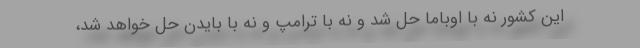
این کشور نه با اوباما حل شد و نه با ترامپ و نه با بایدن حل خواهد شد،